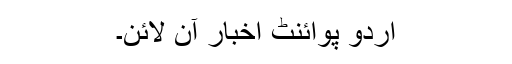
اُردو پوائنٹ اخبار آن لائن۔